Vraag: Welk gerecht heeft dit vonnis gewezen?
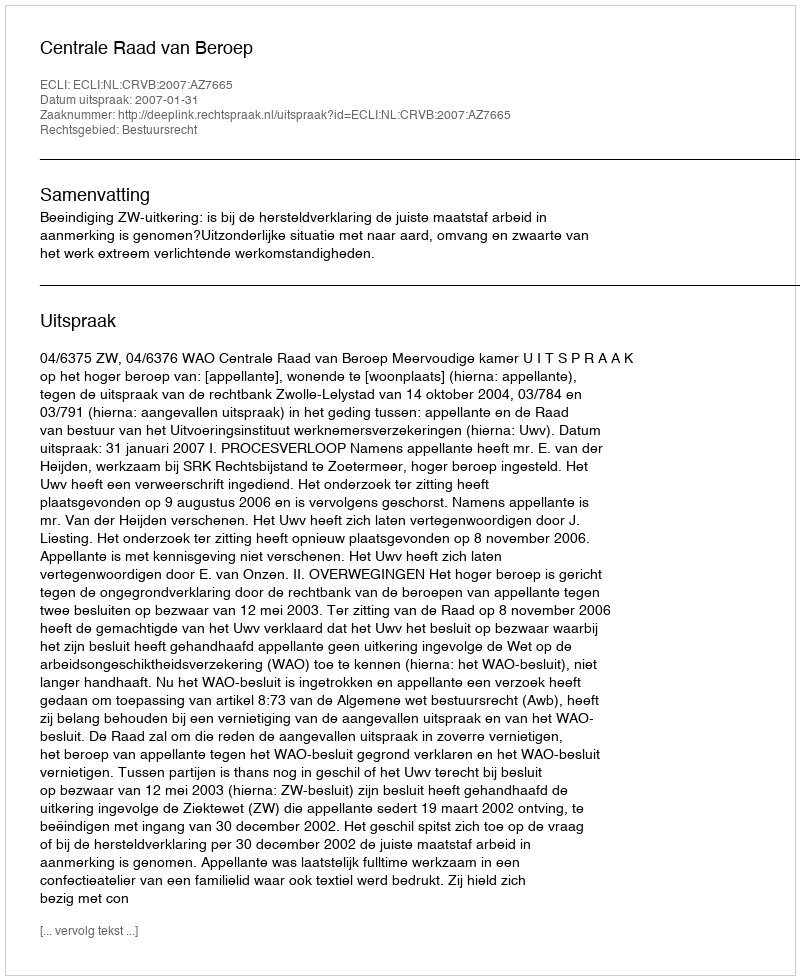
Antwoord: Centrale Raad van Beroep